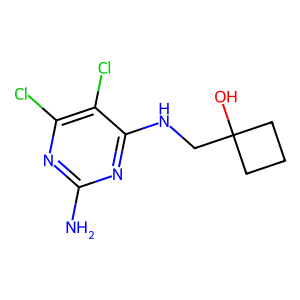
SMILES: Nc1nc(Cl)c(Cl)c(NCC2(O)CCC2)n1
Inhibits HIV replication: No